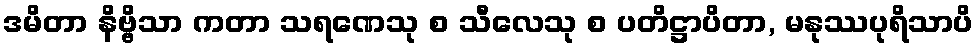
ဒမိတာ နိဗ္ဗိသာ ကတာ သရဏေသု စ သီလေသု စ ပတိဋ္ဌာပိတာ, မနုဿပုရိသာပိ